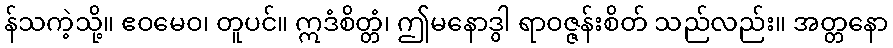
န်သကဲ့သို့။ ဧဝမေဝ၊ တူပင်။ ဣဒံစိတ္တံ၊ ဤမနောဒွါ ရာဝဇ္ဇန်းစိတ် သည်လည်း။ အတ္တနော